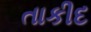
તાકીદ